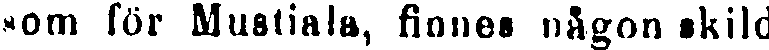
som för Mustiala, finnes någon skild